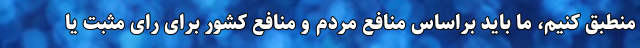
منطبق کنیم، ما باید براساس منافع مردم و منافع کشور برای رای مثبت یا